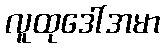
လူထုဒေါ်အမာ